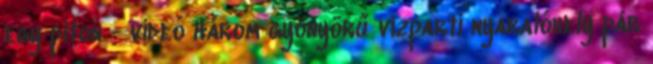
egy piton - videó Három gyönyörű vízparti nyaralóhely pár